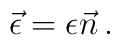
\vec{\epsilon} = {\epsilon} \vec{n}\, .